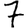
Digit: 7